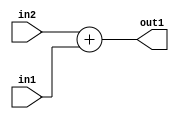
`timescale 1ps / 1ps
/*****************************************************************************
    Verilog RTL Description
    
    
    Created by: Stratus DpOpt 21.05.01 
*******************************************************************************/

module SobelFilter_Add_4Ux1U_5U_1 (
	in2,
	in1,
	out1
	); /* architecture "behavioural" */ 
input [3:0] in2;
input  in1;
output [4:0] out1;
wire [4:0] asc001;

assign asc001 = 
	+(in2)
	+(in1);

assign out1 = asc001;
endmodule

/* CADENCE  urnzTAE= : u9/ySxbfrwZIxEzHVQQV8Q== ** DO NOT EDIT THIS LINE ******/